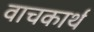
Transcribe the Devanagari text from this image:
वाचकार्थ